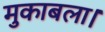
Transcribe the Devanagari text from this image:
मुकाबला।